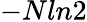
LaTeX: -Nln2